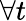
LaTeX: \forall t